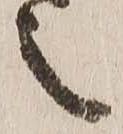
之